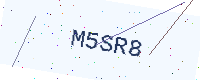
Text: M5SR8